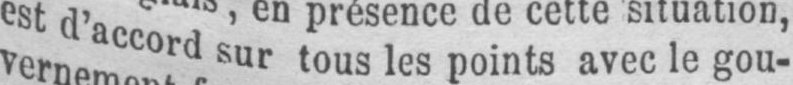
est d’accord sur tous les points avec le gou-